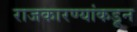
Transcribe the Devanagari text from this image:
राजकारण्यांकडून